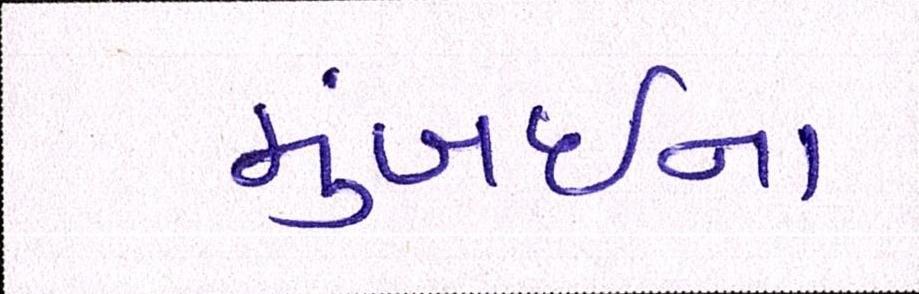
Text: મુંબઇના